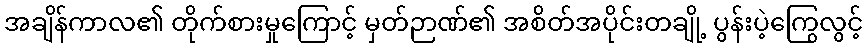
အချိန်ကာလ၏ တိုက်စားမှုကြောင့် မှတ်ဉာဏ်၏ အစိတ်အပိုင်းတချို့ ပွန်းပဲ့ကြွေလွင့်